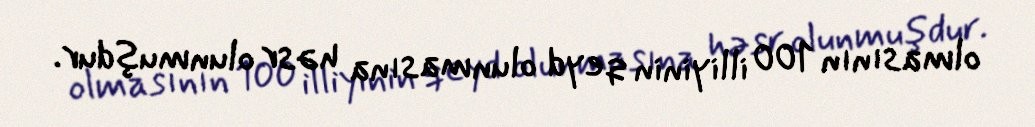
olmasının 100 illiyinin qeyd olunmasına həsr olunmuşdur.